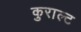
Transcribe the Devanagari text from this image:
कुराल्ट